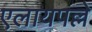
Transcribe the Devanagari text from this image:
एलायपल्ले